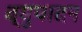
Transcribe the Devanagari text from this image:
व्युपादन